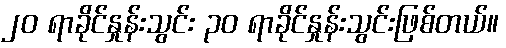
၂၀ ရာခိုင်နှုန်းသွင်း ၃၀ ရာခိုင်နှုန်းသွင်းဖြစ်တယ်။